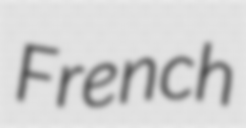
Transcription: French